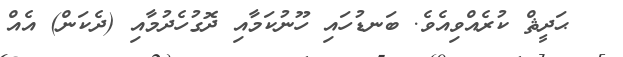
ޙަދީޘް ކުރެއްވިއެވެ. ބަނޑުހައި ހޫނުކަމާއި ދޮގުހެދުމާއި (ދެކަން) އެއް